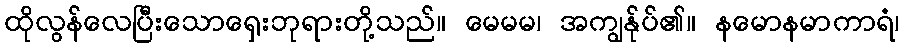
ထိုလွန်လေပြီးသောရှေးဘုရားတို့သည်။ မေမမ၊ အကျွန်ုပ်၏။ နမောနမာကာရံ၊